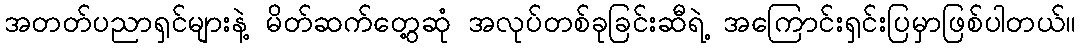
အတတ်ပညာရှင်များနဲ့ မိတ်ဆက်တွေ့ဆုံ အလုပ်တစ်ခုခြင်းဆီရဲ့ အကြောင်းရှင်းပြမှာဖြစ်ပါတယ်။